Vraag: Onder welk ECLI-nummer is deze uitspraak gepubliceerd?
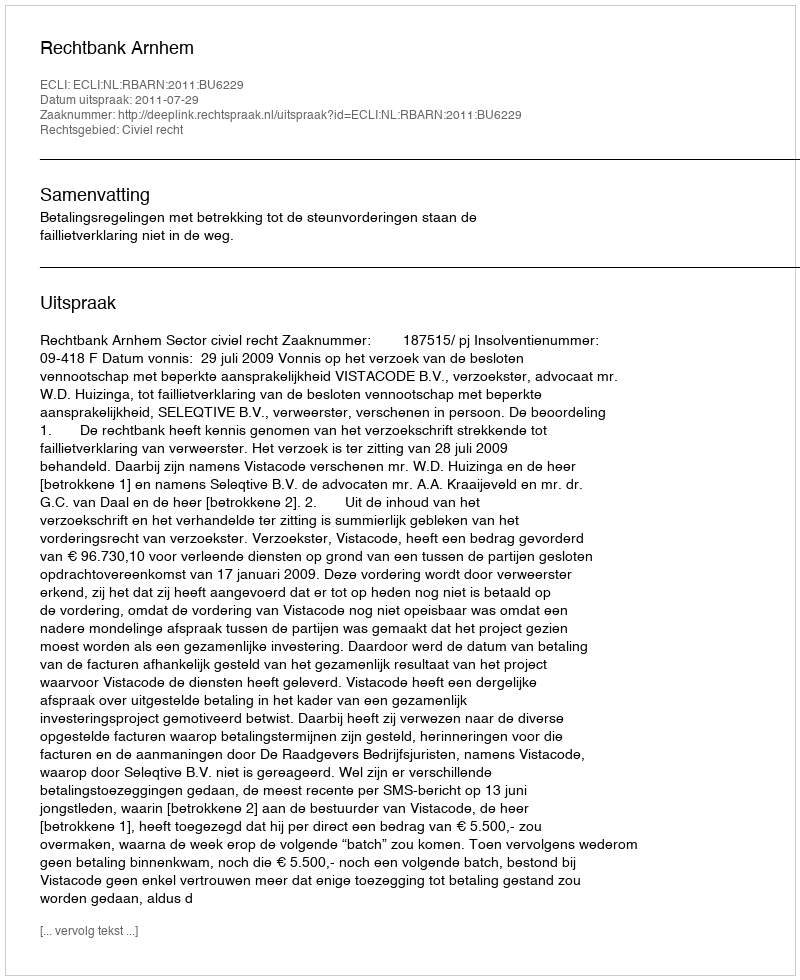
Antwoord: ECLI:NL:RBARN:2011:BU6229